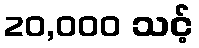
20,000 သင့်